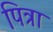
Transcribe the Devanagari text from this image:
पित्रा